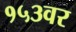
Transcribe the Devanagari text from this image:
१५३वर